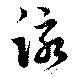
詠